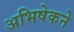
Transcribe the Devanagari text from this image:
अभिषेकने